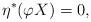
LaTeX: \begin{align*}\eta^{\ast}(\varphi X)=0,\end{align*}